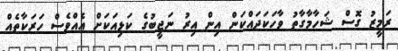
ރަމީޒު ގޮސް ޝަހާމާގާތު ވާހަކަދައްކަން އިން އިރު ނަޖީބުގެ ކަޅިއަކަށް އެއްވެސް ހަރަކާތެއް